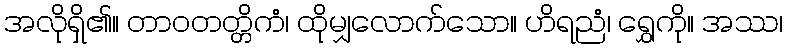
အလိုရှိ၏။ တာဝတတ္တိကံ၊ ထိုမျှလောက်သော။ ဟိရညံ၊ ရွှေကို။ အဿ၊